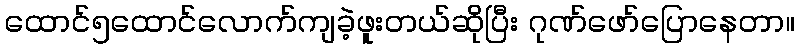
ထောင်၅ထောင်လောက်ကျခဲ့ဖူးတယ်ဆိုပြီး ဂုဏ်ဖော်ပြောနေတာ။